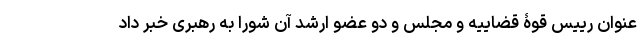
عنوان رییس قوۀ قضاییه و مجلس و دو عضو ارشد آن شورا به رهبری خبر داد